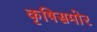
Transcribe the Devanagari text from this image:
कृषिसमोर